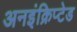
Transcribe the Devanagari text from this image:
अनइंक्रिप्टेड